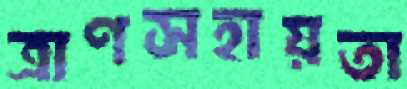
ত্রাণসহায়তা